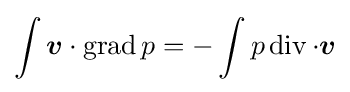
\int {\boldsymbol {v}}\cdot \operatorname {grad} p=-\int p\operatorname {div} \cdot {\boldsymbol {v}}